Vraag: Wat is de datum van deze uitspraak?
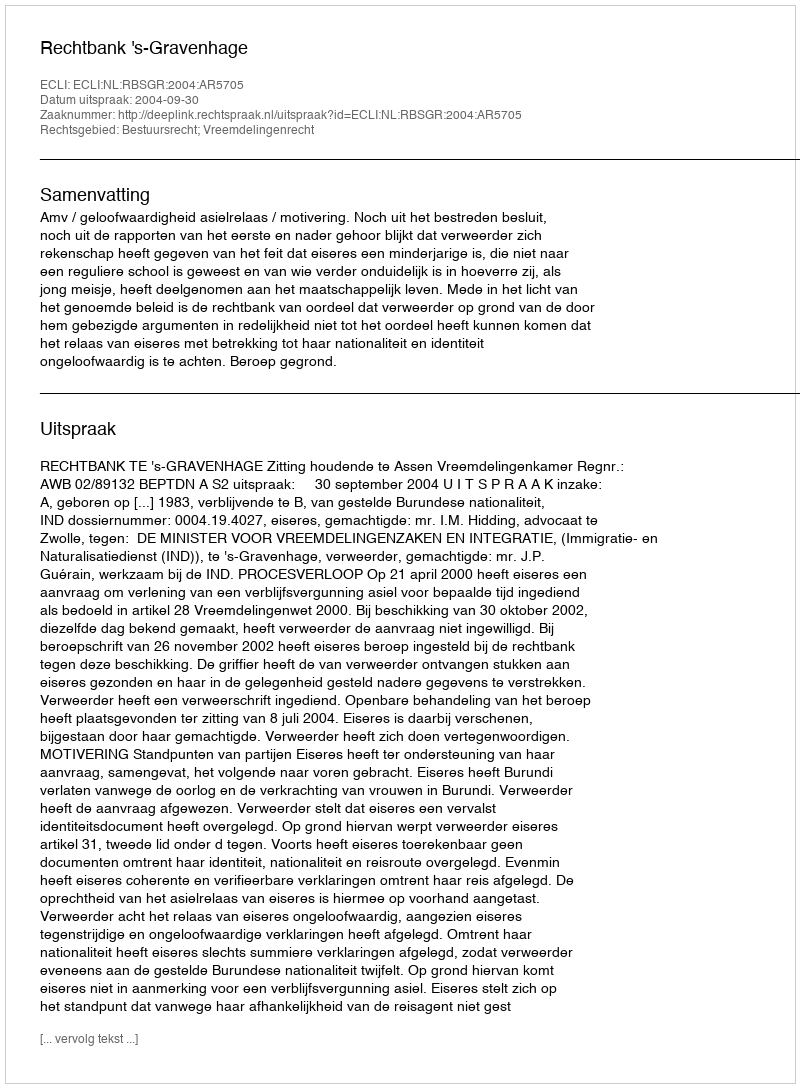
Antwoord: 2004-09-30